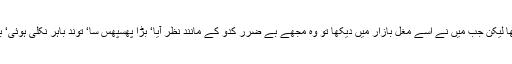
بجلی کی مانند اپنے دشمنوں پر گرتا تھا اور انھیں بھسم کر دیتا تھا لیکن جب میں نے اسے مغل بازار میں دیکھا تو وہ مجھے بے ضرر کدّو کے مانند نظر آیا‘ بڑا پھسپھس سا‘ توند باہر نکلی ہوئی‘ بند بند ڈھیلے‘ گال لٹکے ہوئے‘ البتہ اس کا رنگ سُرخ و سفید تھا۔